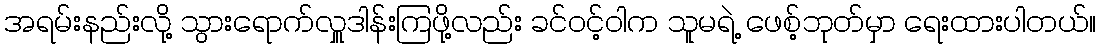
အရမ်းနည်းလို့ သွားရောက်လှူဒါန်းကြဖို့လည်း ခင်ဝင့်ဝါက သူမရဲ့ ဖေစ့်ဘုတ်မှာ ရေးထားပါတယ်။